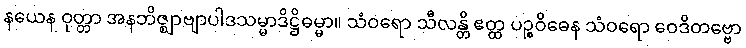
နယေန ဝုတ္တာ အနဘိဇ္ဈာဗျာပါဒသမ္မာဒိဋ္ဌိဓမ္မာ။ သံဝရော သီလန္တိ ဧတ္ထ ပဉ္စဝိဓေန သံဝရော ဝေဒိတဗ္ဗော